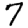
Digit: 7